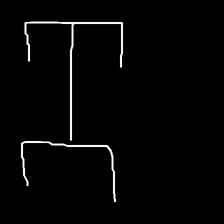
Glyph: entwine